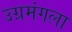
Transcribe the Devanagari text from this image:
उग्रमंगला